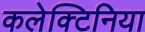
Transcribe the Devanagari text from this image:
कलेक्टिनिया